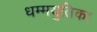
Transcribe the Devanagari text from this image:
धम्मयुतिका